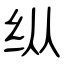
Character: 纵